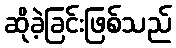
ဆိုခဲ့ခြင်းဖြစ်သည်